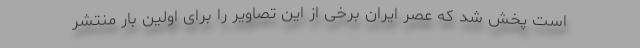
است پخش شد که عصر ایران برخی از این تصاویر را برای اولین بار منتشر